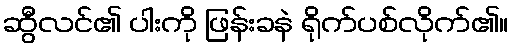
ဆွီလင်၏ ပါးကို ဖြန်းခနဲ ရိုက်ပစ်လိုက်၏။